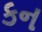
કન